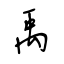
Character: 禹